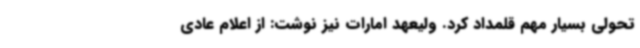
تحولی بسیار مهم قلمداد کرد. ولیعهد امارات نیز نوشت: از اعلام عادی